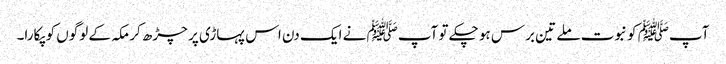
آپﷺ کو نبوت ملے تین برس ہو چکے تو آپﷺ نے ایک دن اس پہاڑی پر چڑھ کر مکہ کے لوگوں کو پکارا۔